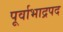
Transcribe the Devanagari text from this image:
पूर्वाभाद्रपद